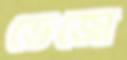
ভেজো